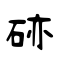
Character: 硛